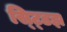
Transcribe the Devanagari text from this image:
स्ट्डिझ